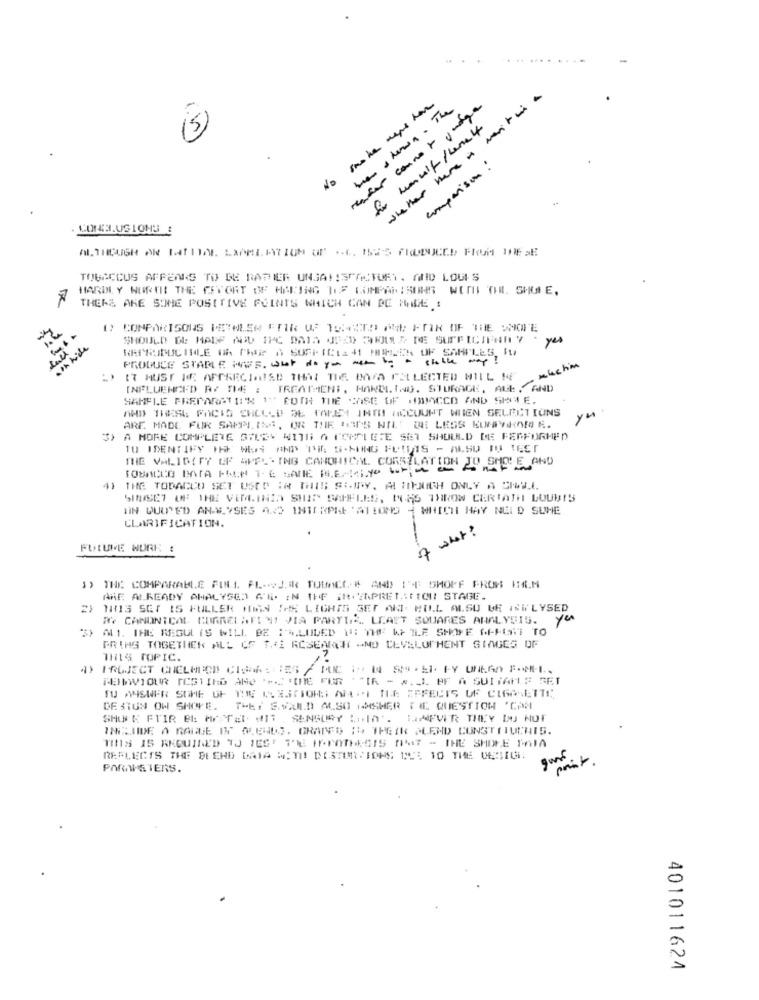
.....
whether were in merito
has shown. The
rester connot judge
fur unuif /lana 4
comparison :
. CONS.USIONS &
ALTHOUGH AN INTIME LAPPLIATION OF S.C. BES PRODUCED FROM THE DE
TOBACCUS APPEARS TO BE RATHIER UNSATISFACTORY. ANID LOUIS
HARD Y NORTHE THE ESTORT OF HAVING TOF COMPARISONS WITH THE. SHULE,
THERE ARE SOME POSITIVE POINTS WHICH CAN BE MADE :
1) COMPARISONS METALEN ETIK OF TOMTO ME FTIR OF THE SMOTE
7%
SHOULD WE HABE ADD IFC DATA JEED SHOULD DE SUFFICIENTLY
yes
con hide
REPRODUC INLLE Oh CHEF A SUFFICIE 41 HIMMLER OF SAMPLES, It
PRODUCE STABLE HUS. What do you won by a stable way !
machin
IT MUST BE APPRECIAISE THAT THE DATA COLLECTED HILL W4
INFLUENCED R/ THE : TREATMENT, HANDLING. STORAGE, ALE , AND
SAMPLE PREPARATION ' ROTH THE CASE OF HIMACCO AND SINGLE.
ADD THESE POCIS ENLLED DE TAPET INTO ACCOUNT WIIEN SELECTIONS
Yu
ARE MADE FUR SAMPLING, OR THE HE'S WILL BE LESS RUPTION A.
A MORE COMPLETE STUDY WITH A COMPLETE SET SHOULD DE FEMFORMED
TOBACCO DATA FROM THE SAME PLETIYo Wr= "
THE VALIDITY OF APPLYING CANONICAL CORSILATION JO SMOLE AND
41
THE TOBACCO SET USED IN THIS SHERY. AL MIENICH ONLY A SHELL
SHUSET OF THE VIRGINIA SHIP SAMELES, MUSS THROW CERTAIN LOUBIS
UN QUOTED ANE.YSES AND INTERPIE 'ATIONS - WHICHI HAY NEID SUHE
CLARIFICATION.
of what?
FUTURE WORK :
$) THE COMPARABLE FULL. PL-VJ,Ik TOBACO- AND IF SHOPF FROM IMM
ARE ALREADY ANALYSED 6% IN THE SIEMPRETAUTOU STAGE.
2)
THIS SET IS FULLER HEIN !H LIGHTS GET AKI HO.L ALSO BE INGLYSED
We CANONICAL CORRELAFINI VIA PARTIS. LEAST SQUARES ANALYSIS.
yes
AL1. THE REGUL IS WILL BE :'SLIDED NT THE WEILE SHORE GEPUSHT TO
GRING TOGETNICK ALL CF T .: RCSEARCH -ND LEVELOCHENT SINGES OF
1115 TOPIC.
*"IR - x. _ L BF A SUITANS SET
TO ANSWER SOME OF THE MESCHOKI WI THE EFFECTS OF CIGARETTE
DE SIUN OW SHOVE. THEY S.VXI.D ALSO AMSHER DIE QUESTION 'CAM
SHURE FTIR EL Ar TEL. HIT SENSORY b.In". IMFVIR THEY DO NOT
INSIDE A RANGE INC QUENOS. GRAND DH THEIR ALEND CONSTITUCHIS.
TINS IS REQUIRED 1J TEST TRE FF.POTHESIS 0MT - THE SHORE MAMA
REFLECTS THE BLEND DATA WITH! DISTORTIONS DUE 10 THE CUSIGI
PAMPSTERS.
401011624